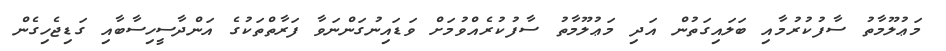
މަޢުލޫމާތު ސާފުކުރުމާއި ބަލައިގަތުން އަދި މަޢުލޫމާތު ސާފުކުރެއްވުމަށް ވަޑައިނުގަންނަވާ ފަރާތްތަކުގެ އަންދާސީހިސާބާއި ގަޑިޖެހިގެން